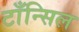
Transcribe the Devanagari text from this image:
टाँन्सिल